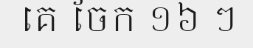
គេ ចែក ១៦ ៗ